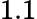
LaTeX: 1.1